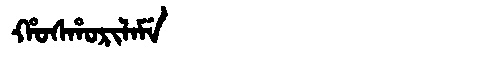
Manchu: ᡥᠣᠰᡥᠣᡵᡳᠯᠠᠮᡝ
Romanization: HOSHORILAME